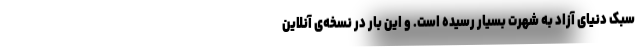
سبک دنیای آزاد به شهرت بسیار رسیده است. و این بار در نسخه‌ی آنلاین